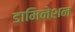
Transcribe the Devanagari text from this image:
डामिनेशन